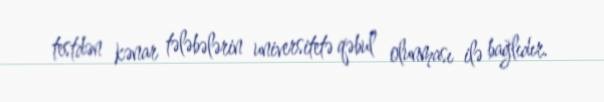
testdən kənar tələbələrin universitetə qəbul olunması ilə bağlıdır.